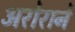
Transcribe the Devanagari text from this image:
अरोराने